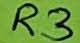
Text: R3